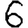
Digit: 6